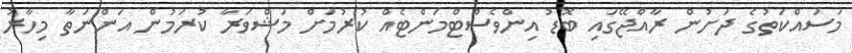
މަސައްކަތުގެ ދަށުން ރާއްޖޭގައި ބޮޑު އިންވެސްޓްމަންޓެއް ކުރުމަށް މަޝްވަރާ ކުރަމުން އަންނަތާ މިހާރު